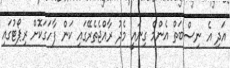
އަދި އެ ނިސްބަތް އެންމެ ގިނައީ މެދު ރާއްޖެތެރޭގައި ކަން ފާހަގަކޮށް ރިޕޯޓުގައި